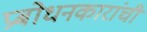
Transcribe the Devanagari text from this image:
प्रबोधनकारांची